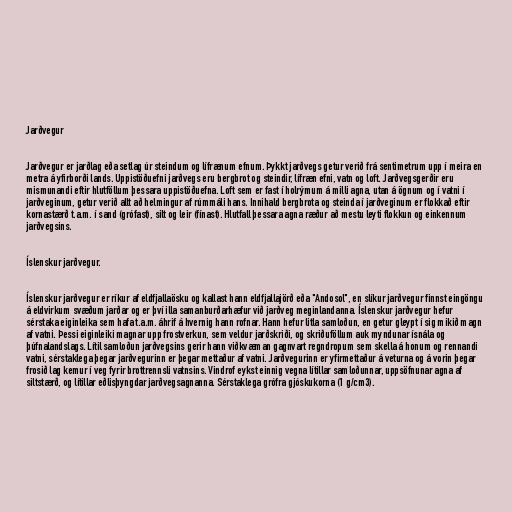
Jarðvegur

Jarðvegur er jarðlag eða setlag úr steindum og lífrænum efnum. Þykkt jarðvegs getur verið frá sentimetrum upp í meira en
metra á yfirborði lands. Uppistöðuefni jarðvegs eru bergbrot og steindir, lífræn efni, vatn og loft. Jarðvegsgerðir eru
mismunandi eftir hlutföllum þessara uppistöðuefna. Loft sem er fast í holrýmum á milli agna, utan á ögnum og í vatni í
jarðveginum, getur verið allt að helmingur af rúmmáli hans. Innihald bergbrota og steinda í jarðveginum er flokkað eftir
kornastærð t.a.m. í sand (grófast), silt og leir (fínast). Hlutfall þessara agna ræður að mestu leyti flokkun og einkennum
jarðvegsins.

Íslenskur jarðvegur.

Íslenskur jarðvegur er ríkur af eldfjallaösku og kallast hann eldfjallajörð eða "Andosol", en slíkur jarðvegur finnst eingöngu
á eldvirkum svæðum jarðar og er því illa samanburðarhæfur við jarðveg meginlandanna. Íslenskur jarðvegur hefur
sérstaka eiginleika sem hafa t.a.m. áhrif á hvernig hann rofnar. Hann hefur litla samloðun, en getur gleypt í sig mikið magn
af vatni. Þessi eiginleiki magnar upp frostverkun, sem veldur jarðskriði, og skriðuföllum auk myndunar ísnála og
þúfnalandslags. Lítil samloðun jarðvegsins gerir hann viðkvæman gagnvart regndropum sem skella á honum og rennandi
vatni, sérstaklega þegar jarðvegurinn er þegar mettaður af vatni. Jarðvegurinn er yfirmettaður á veturna og á vorin þegar
frosið lag kemur í veg fyrir brottrennsli vatnsins. Vindrof eykst einnig vegna lítillar samloðunnar, uppsöfnunar agna af
siltstærð, og lítillar eðlisþyngdar jarðvegsagnanna. Sérstaklega grófra gjóskukorna (1 g/cm3).